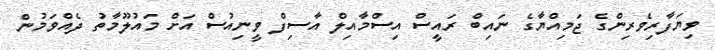
ވިޔަފާރިވެރިންގެ ޖަމިއްޔާގެ ނައިބް ރައީސް އިސްމާއިލް އާސިފް ވީނިއުސް އަށް މައުލޫމާތު ދެއްވަމުން